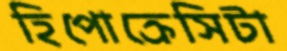
হিপোক্রেসিটা